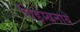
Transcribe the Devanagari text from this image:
विड़म्बनायें